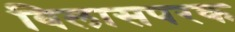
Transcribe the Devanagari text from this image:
विलासपरक